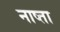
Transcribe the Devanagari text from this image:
नाष्ता